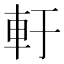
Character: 𨊱